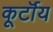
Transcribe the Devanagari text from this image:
कूर्टॉय